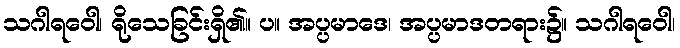
သဂါရဝေါ၊ ရိုသေခြင်းရှိ၏။ ပ။ အပ္ပမာဒေ၊ အပ္ပမာဒတရား၌။ သဂါရဝေါ၊